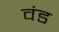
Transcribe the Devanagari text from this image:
वंड